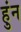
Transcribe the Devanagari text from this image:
हुंन